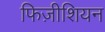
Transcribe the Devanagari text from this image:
फिज़ीशियन